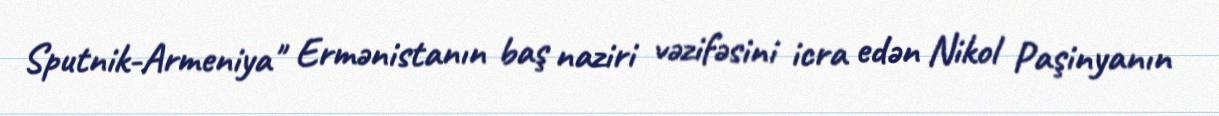
Sputnik-Armeniya" Ermənistanın baş naziri vəzifəsini icra edən Nikol Paşinyanın